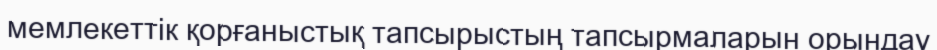
мемлекеттік қорғаныстық тапсырыстың тапсырмаларын орындау